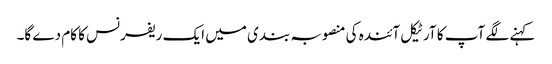
کہنے لگے آپ کا آرٹیکل آئندہ کی منصوبہ بندی میں ایک ریفرنس کا کام دے گا۔